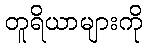
တူရိယာများကို